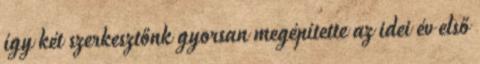
így két szerkesztőnk gyorsan megépítette az idei év első